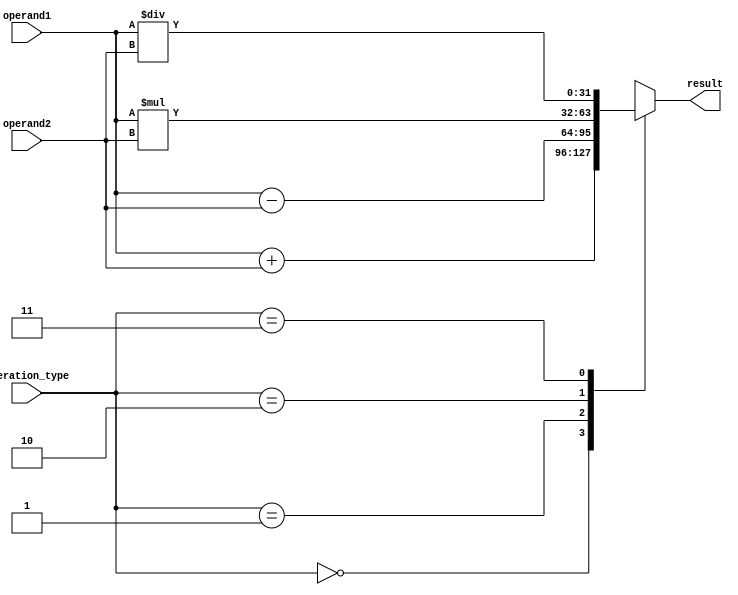
module floating_point_unit(
    input [31:0] operand1,
    input [31:0] operand2,
    input [1:0] operation_type,
    output reg [31:0] result
);

reg [31:0] integer_part;
reg [31:0] fractional_part;
reg [1:0] rounding_bits;

always @(*) begin
    case(operation_type)
        2'b00: begin // Addition
            result = operand1 + operand2;
        end

        2'b01: begin // Subtraction
            result = operand1 - operand2;
        end

        2'b10: begin // Multiplication
            result = operand1 * operand2;
        end

        2'b11: begin // Division
            result = operand1 / operand2;
        end
    endcase
end

endmodule